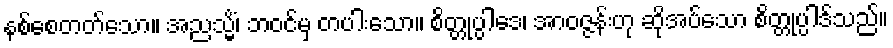
နစ်စေတတ်သော။ အညသ္မိံ၊ ဘဝင်မှ တပါးသော။ စိတ္တုပ္ပါဒေ၊ အာဝဇ္ဇန်းဟု ဆိုအပ်သော စိတ္တုပ္ပါဒ်သည်။